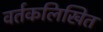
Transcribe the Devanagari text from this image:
वर्तकलिखित